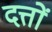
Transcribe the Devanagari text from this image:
दत्तों